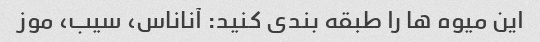
این میوه ها را طبقه بندی کنید: آناناس، سیب، موز